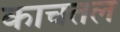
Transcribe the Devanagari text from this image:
काचतल